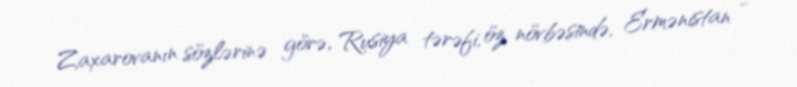
Zaxarovanın sözlərinə görə, Rusiya tərəfi, öz növbəsində, Ermənistan -